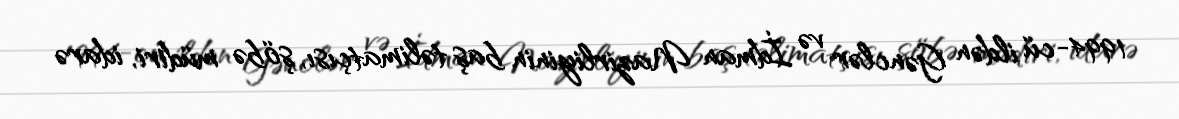
1994-cü ildən Gənclər və İdman Nazirliyinin baş təlimatçısı, şöbə müdiri, idarə